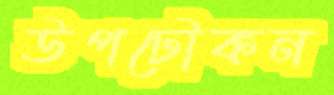
উপঢৌকন